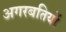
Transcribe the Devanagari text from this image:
अगरबतियों